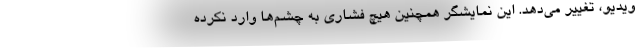
ویدیو، تغییر می‌دهد. این نمایشگر همچنین هیچ فشاری به چشم‌ها وارد نکرده